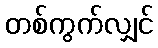
တစ်ကွက်လျှင်